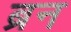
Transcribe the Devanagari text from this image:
ब्रन